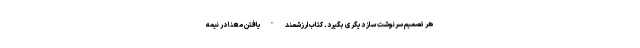
هر تصمیم سرنوشت ساز دیگری بگیرد. کتاب ارزشمند "یافتن معنا در نیمه